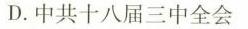
D.中共十八届三中全会